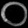
Digit: ၀